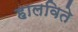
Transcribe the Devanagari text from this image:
हालविते